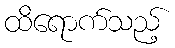
ထိရောက်သည့်